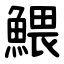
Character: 鰃